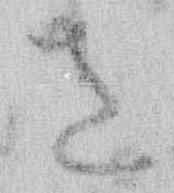
さ